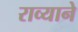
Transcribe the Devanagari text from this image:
राव्याने